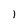
Character: l